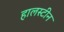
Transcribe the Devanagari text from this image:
हालस्टीन